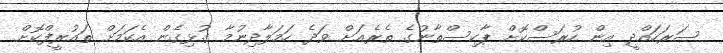
ސަރަހައްދީ އިން ހުރަސްކޮށް ޕާކިސްތާނުގެ ތެރެއަށް ވަދެ ހަމަލާދިނުމާ ގުޅިގެން އެކަމަށް ތައުރީފްކޮށް